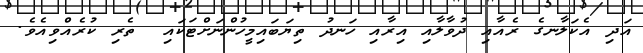
އަދި އެކަލާނގެ ރެއާއި ދުވާލާއި އިރާއި ހަނދު ތިޔަބައިމީހުންނަށްޓަކައި  ތެރި ކުރެއްވިއެވެ.